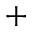
+